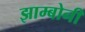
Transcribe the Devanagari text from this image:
झाम्बोनी